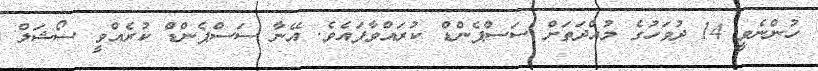
ހުންނެވީ 14 ދުވަހުގެ މުއްދަތަށް ސަސްޕެންޑް ކުރައްވާފައެވެ. އޭނާ ސަސްޕެންޑް ކުރެއްވީ ސޯޝަލް